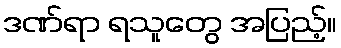
ဒဏ်ရာ ရသူတွေ အပြည့်။